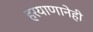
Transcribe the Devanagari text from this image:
हरयाणानेही